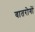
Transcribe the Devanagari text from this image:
वातरोगों